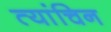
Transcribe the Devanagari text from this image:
त्यांचिन